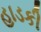
હાડકી